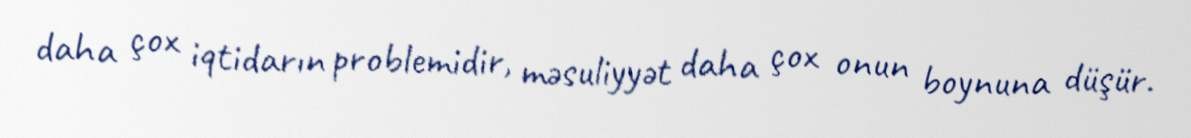
daha çox iqtidarın problemidir, məsuliyyət daha çox onun boynuna düşür.